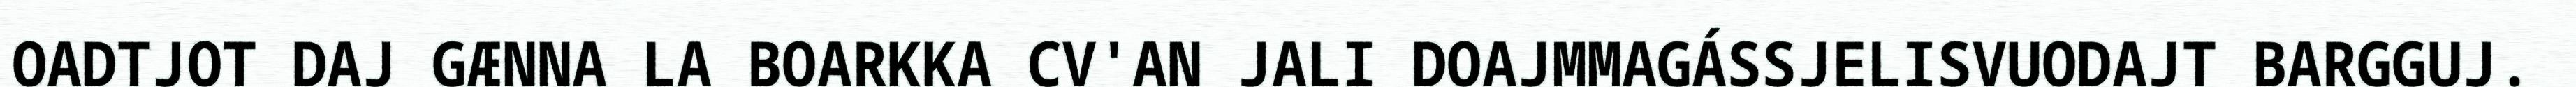
OADTJOT DAJ GÆNNA LA BOARKKA CV'AN JALI DOAJMMAGÁSSJELISVUODAJT BARGGUJ.